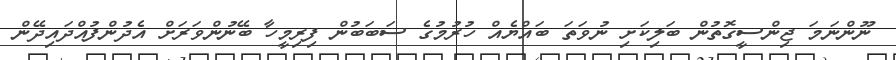
ނޫންނަމަ ޖިންސީގޮތުން ބަލިކަށި ނުވަތަ ބައްޔެއް ހުރުމުގެ ސަބަބުން ފިރިމީހާ ބޭނުންވަރަށް އެދުންފުއްދައިދޭން